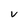
Character: v